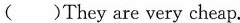
( )They are very cheap.